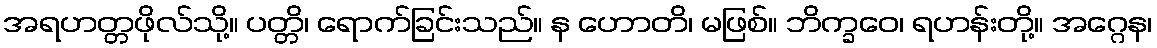
အရဟတ္တဖိုလ်သို့။ ပတ္တိ၊ ရောက်ခြင်းသည်။ န ဟောတိ၊ မဖြစ်။ ဘိက္ခဝေ၊ ရဟန်းတို့။ အဂ္ဂေန၊